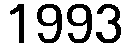
1993